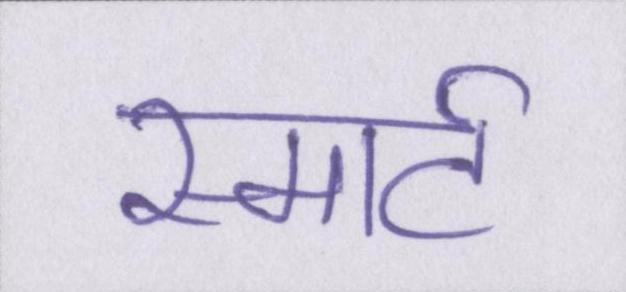
स्मार्ट